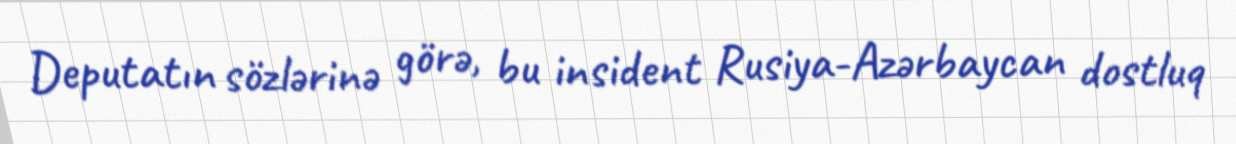
Deputatın sözlərinə görə, bu insident Rusiya-Azərbaycan dostluq